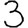
Digit: 3